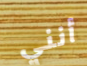
أنني